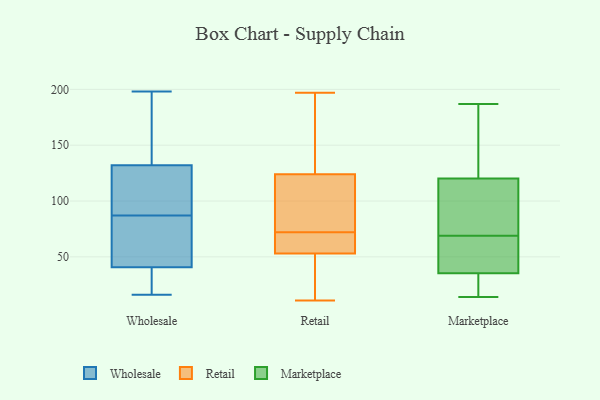
{"axis": {"x": "Customer Acquisition Cost (USD)", "y": "Value"}, "legend": ["Marketplace", "Retail", "Wholesale"], "data": [{"x": "", "y": 87, "type": "Wholesale"}, {"x": "", "y": 16, "type": "Wholesale"}, {"x": "", "y": 154, "type": "Wholesale"}, {"x": "", "y": 22, "type": "Wholesale"}, {"x": "", "y": 198, "type": "Wholesale"}, {"x": "", "y": 34, "type": "Wholesale"}, {"x": "", "y": 40, "type": "Wholesale"}, {"x": "", "y": 126, "type": "Wholesale"}, {"x": "", "y": 145, "type": "Wholesale"}, {"x": "", "y": 102, "type": "Wholesale"}, {"x": "", "y": 98, "type": "Wholesale"}, {"x": "", "y": 85, "type": "Wholesale"}, {"x": "", "y": 134, "type": "Wholesale"}, {"x": "", "y": 43, "type": "Wholesale"}, {"x": "", "y": 68, "type": "Wholesale"}, {"x": "", "y": 124, "type": "Retail"}, {"x": "", "y": 124, "type": "Retail"}, {"x": "", "y": 59, "type": "Retail"}, {"x": "", "y": 72, "type": "Retail"}, {"x": "", "y": 101, "type": "Retail"}, {"x": "", "y": 53, "type": "Retail"}, {"x": "", "y": 49, "type": "Retail"}, {"x": "", "y": 70, "type": "Retail"}, {"x": "", "y": 135, "type": "Retail"}, {"x": "", "y": 108, "type": "Retail"}, {"x": "", "y": 31, "type": "Retail"}, {"x": "", "y": 72, "type": "Retail"}, {"x": "", "y": 137, "type": "Retail"}, {"x": "", "y": 11, "type": "Retail"}, {"x": "", "y": 78, "type": "Retail"}, {"x": "", "y": 56, "type": "Retail"}, {"x": "", "y": 22, "type": "Retail"}, {"x": "", "y": 197, "type": "Retail"}, {"x": "", "y": 64, "type": "Marketplace"}, {"x": "", "y": 102, "type": "Marketplace"}, {"x": "", "y": 90, "type": "Marketplace"}, {"x": "", "y": 150, "type": "Marketplace"}, {"x": "", "y": 34, "type": "Marketplace"}, {"x": "", "y": 123, "type": "Marketplace"}, {"x": "", "y": 59, "type": "Marketplace"}, {"x": "", "y": 32, "type": "Marketplace"}, {"x": "", "y": 112, "type": "Marketplace"}, {"x": "", "y": 30, "type": "Marketplace"}, {"x": "", "y": 69, "type": "Marketplace"}, {"x": "", "y": 187, "type": "Marketplace"}, {"x": "", "y": 14, "type": "Marketplace"}, {"x": "", "y": 180, "type": "Marketplace"}, {"x": "", "y": 39, "type": "Marketplace"}]}